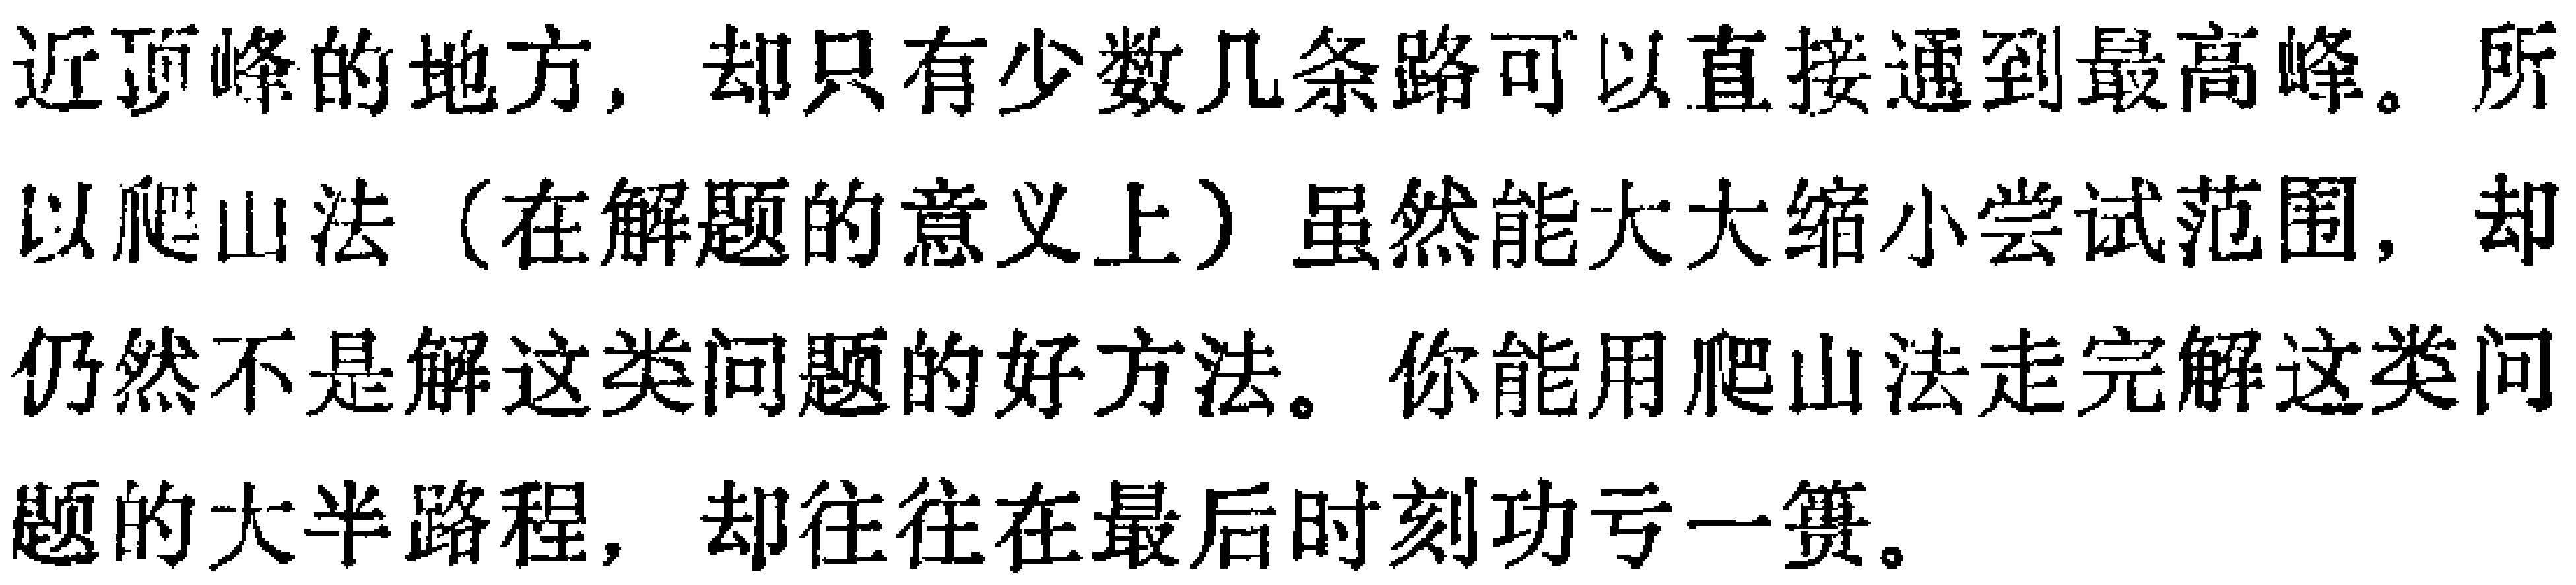
近顶峰的地方，却只有少数几条路可以直接通到最高峰。所以爬山法（在解题的意义上）虽然能大大缩小尝试范围，却仍然不是解这类问题的好方法。你能用爬山法走完解这类问题的大半路程，却往往在最后时刻功亏一篑。